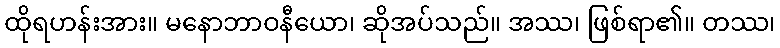
ထိုရဟန်းအား။ မနောဘာဝနီယော၊ ဆိုအပ်သည်။ အဿ၊ ဖြစ်ရာ၏။ တဿ၊